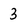
Character: 3